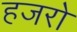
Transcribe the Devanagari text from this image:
हजरो